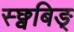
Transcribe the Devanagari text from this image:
स्छ्वबिङ्